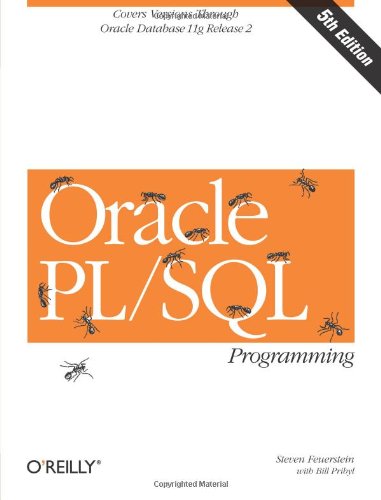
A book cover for Oracle PL/SQL Programming: Covers Versions Through Oracle Database 11g Release 2 (Animal Guide); Steven Feuerstein; Computers & Technology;